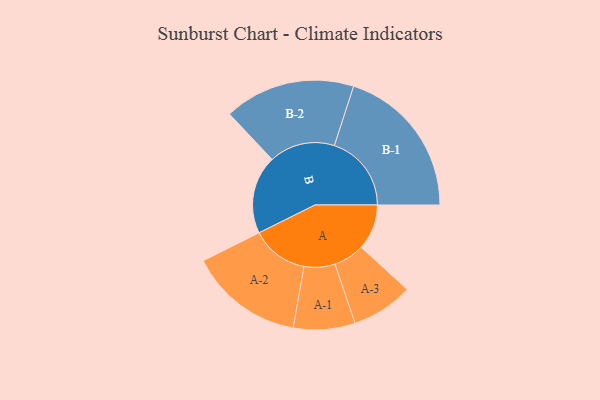
{"axis": {"x": "Segment", "y": "Value"}, "legend": ["", "A", "B"], "data": [{"x": "A", "y": 174, "type": ""}, {"x": "B", "y": 300, "type": ""}, {"x": "A-1", "y": 118, "type": "A"}, {"x": "A-2", "y": 219, "type": "A"}, {"x": "A-3", "y": 118, "type": "A"}, {"x": "B-1", "y": 295, "type": "B"}, {"x": "B-2", "y": 251, "type": "B"}]}